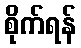
စိုက်ရန်